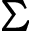
\boldsymbol { \Sigma }